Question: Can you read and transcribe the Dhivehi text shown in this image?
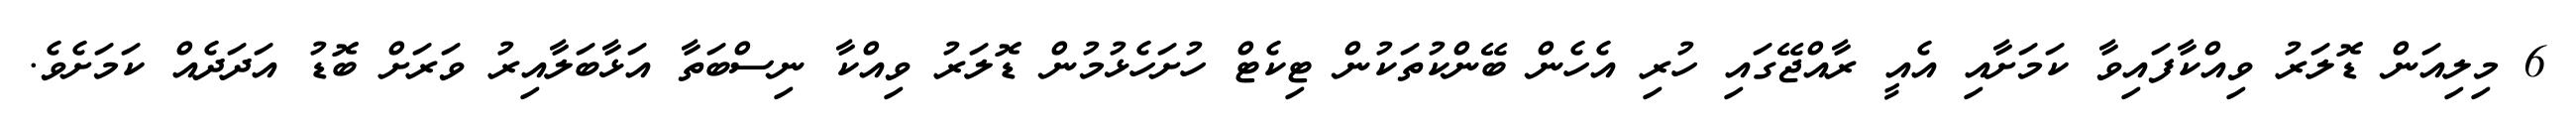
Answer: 6 މިލިއަން ޑޮލަރު ވިއްކާފައިވާ ކަމަށާއި އެއީ ރާއްޖޭގައި ހުރި އެހެން ބޭންކުތަކުން ޓިކެޓް ހުށަހެޅުމުން ޑޮލަރު ވިއްކާ ނިސްބަތާ އަޅާބަލާއިރު ވަރަށް ބޮޑު އަދަދެއް ކަމަށެވެ.